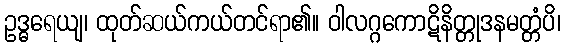
ဥဒ္ဓရေယျ၊ ထုတ်ဆယ်ကယ်တင်ရာ၏။ ဝါလဂ္ဂကောဋိနိတ္တုဒနမတ္တံပိ၊